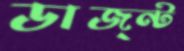
ডাজ্ন্ট